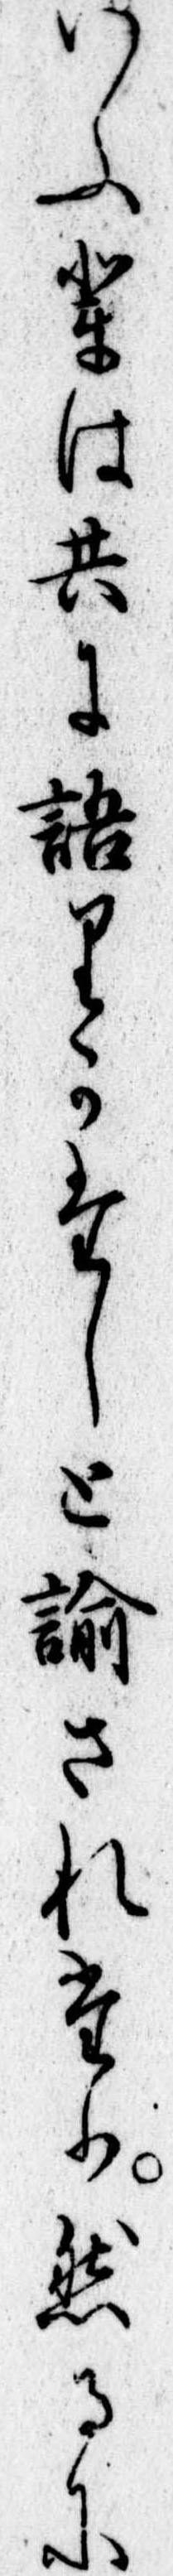
いふ輩は共に語りかたしと諭されたり然るに